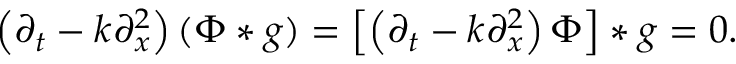
\left( \partial _ { t } - k \partial _ { x } ^ { 2 } \right) ( \Phi * g ) = \left[ \left( \partial _ { t } - k \partial _ { x } ^ { 2 } \right) \Phi \right] * g = 0 .